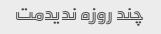
چند روزه ندیدمت